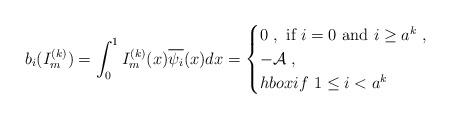
LaTeX: \begin{align*}b_i(I_m^{(k)})=\int_0^1I_m^{(k)}(x){\overline{\psi_i}}(x)dx=\begin{cases}0\ ,\ \hbox{if}\ i=0\ \hbox{and}\ i\geq a^k\ , \cr -\mathcal{A}\ ,\\hbox{if}\ 1\leq i< a^k\,\end{cases}\end{align*}